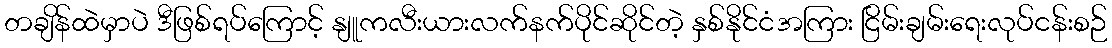
တချိန်ထဲမှာပဲ ဒီဖြစ်ရပ်ကြောင့် နျူကလီးယားလက်နက်ပိုင်ဆိုင်တဲ့ နှစ်နိုင်ငံအကြား ငြိမ်းချမ်းရေးလုပ်ငန်းစဉ်